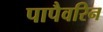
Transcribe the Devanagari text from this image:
पापैवरिन